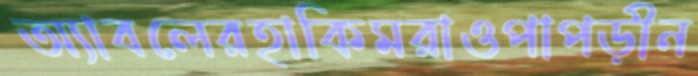
অ্যাবলেরহাকিমরাওপাপড়ীন